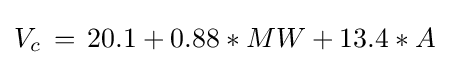
V_{c}\,=\,20.1+0.88*MW+13.4*A